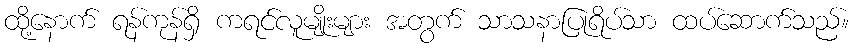
ထို့နောက် ရန်ကုန်ရှိ ကရင်လူမျိုးများ အတွက် သာသနာပြုရိပ်သာ ထပ်ဆောက်သည်။